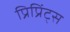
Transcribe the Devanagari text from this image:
प्रिप्रिंट्स